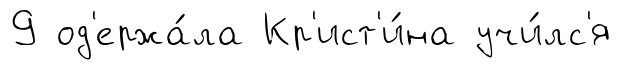
9 од'ержа́ла Кр'ист'и́на учи́лс'я